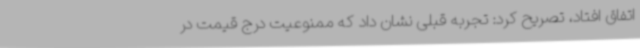
اتفاق افتاد، تصریح کرد: تجربه قبلی نشان داد که ممنوعیت درج قیمت در